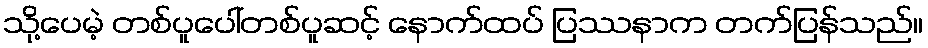
သို့ပေမဲ့ တစ်ပူပေါ်တစ်ပူဆင့် နောက်ထပ် ပြဿနာက တက်ပြန်သည်။